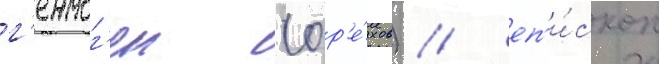
г'ермог'ен (ор'е́хов) / еп'и́скоп